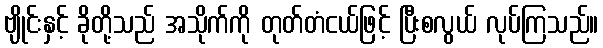
ဗျိုင်းနှင့် ခိုတို့သည် အသိုက်ကို တုတ်တံငယ်ဖြင့် ပြီးစလွယ် လုပ်ကြသည်။